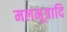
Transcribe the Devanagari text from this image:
मलमूत्रादि